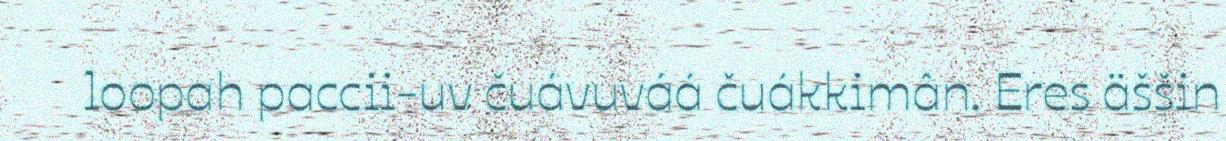
loopah paccii-uv čuávuváá čuákkimân. Eres äššin